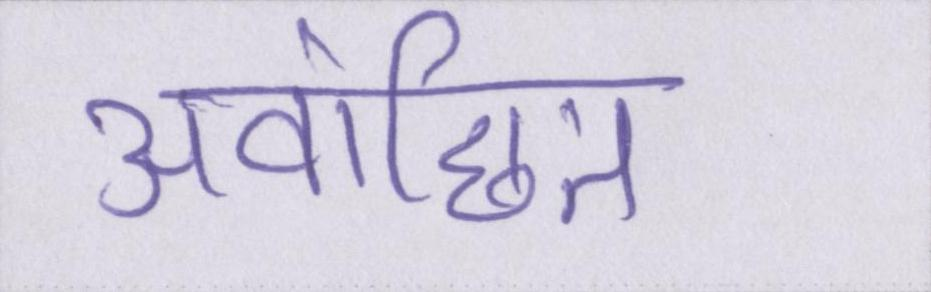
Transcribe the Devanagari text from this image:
अवांछित